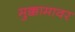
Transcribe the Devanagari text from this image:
मुक्कामावर